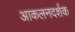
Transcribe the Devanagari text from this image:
आकलनदर्शक